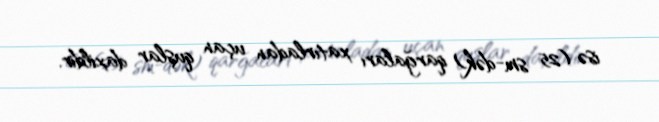
isə (25 sm-dək) qarğaları xatırladan uçan quşlar daxildir.